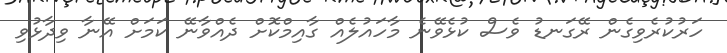
ހަރުކުރެވިގެން ރޭގަނޑު ވެސް ކުޅެވޭނެ މާހައުލެއް ގާއިމްކޮށް ދެއްވާނޭ ކަމަށް އޭނާ ވިދާޅުވި